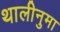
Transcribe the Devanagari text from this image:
थालीनुमा